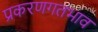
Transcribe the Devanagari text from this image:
प्रकरणगतभाव